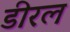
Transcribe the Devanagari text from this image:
डीरल